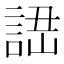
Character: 䛝